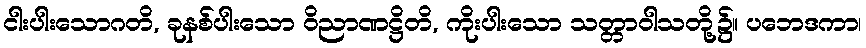
ငါးပါးသောဂတိ, ခုနစ်ပါးသော ဝိညာဏဋ္ဌိတိ, ကိုးပါးသော သတ္တာဝါသတို့၌။ ပဘေဒကာ၊